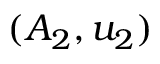
( A _ { 2 } , u _ { 2 } )